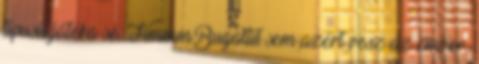
típusú játéka se. Hmmm.Bugattit sem azért vesz az ember,